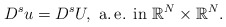
\begin{align*}D^s u=D^s U,\mbox{ a.\,e. in } \mathbb{R}^N\times\mathbb{R}^N.\end{align*}